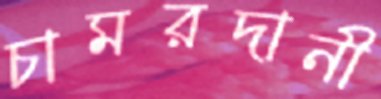
চামরদানী